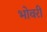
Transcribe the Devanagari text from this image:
भोवरी